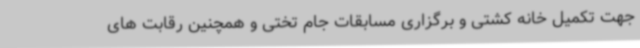
جهت تکمیل خانه کشتی و برگزاری مسابقات جام تختی و همچنین رقابت های